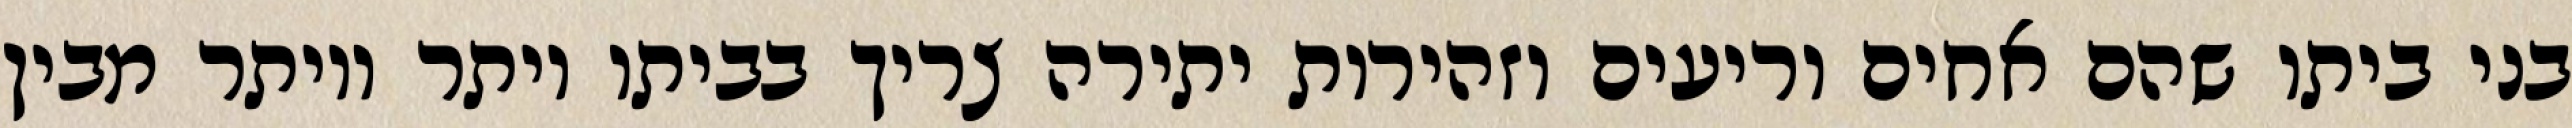
בני ביתו שהם אחים וריעים וזהירות יתירה צריך בביתו יותר ויותר מבין